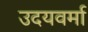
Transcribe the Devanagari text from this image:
उदयवर्मा